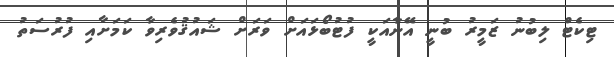
ޓިކެޓް ލިބުނު ޒަމީރު ބުނީ އޭނާއަކީ ފުޓުބޯޅައަށް ވަރަށް ޝައުޤުވެރިވާ ކަމަށާއި ފުރުސަތު